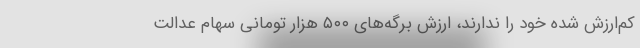
کم‌ارزش شده خود را ندارند، ارزش برگه‌های ۵۰۰ هزار تومانی سهام عدالت